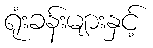
ရုံးခန်းများနှင့်